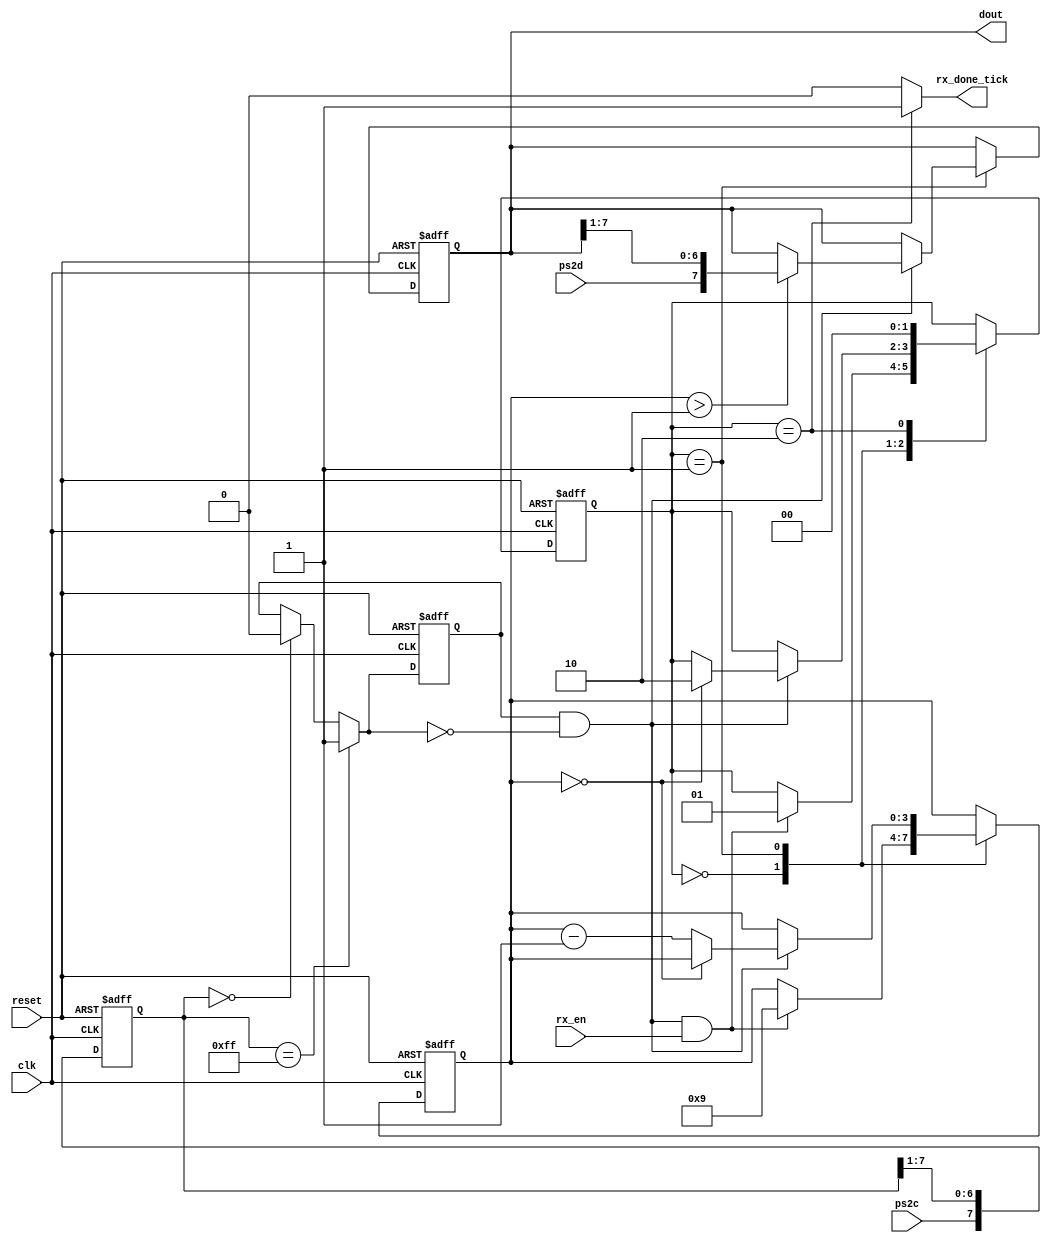
`timescale 1ns / 1ps
//////////////////////////////////////////////////////////////////////////////////
// Company: Tacnolgico de Costa Rica
//
// Design Name:
// Module Name: recieve_data
// Project Name:
// Target Devices:
// Tool versions:
// Description:
//
// Dependencies:
//
// Revision:
// Revision 0.01 - File Created
// Additional Comments:
//
//////////////////////////////////////////////////////////////////////////////////
module receive_data(
	input wire clk, reset,
	input wire ps2d, ps2c, rx_en,
	output reg rx_done_tick,
	output wire [7:0] dout
);
localparam [1:0]
	idle = 2'b00,
	dps = 2'b01,
	load = 2'b10;

reg [1:0] state_reg, state_next;
reg [7:0] filter_reg;
wire [7:0] filter_next;
reg f_ps2c_reg;
wire f_ps2c_next;
reg [3:0] n_reg, n_next;
reg [7:0] b_reg,b_next;
wire fall_edge;
always @(posedge clk, posedge reset)
	if (reset)
	begin
		filter_reg <= 0;
		f_ps2c_reg <= 0;
	end
	else
	begin
		filter_reg <= filter_next;
		f_ps2c_reg <= f_ps2c_next;
	end

assign filter_next = {ps2c, filter_reg[7:1]};
assign f_ps2c_next = 	(filter_reg == 8'hff) ? 1'b1 :
			(filter_reg == 8'h00) ? 1'b0 :
			f_ps2c_reg;
assign fall_edge = f_ps2c_reg & ~f_ps2c_next;
always @(posedge clk, posedge reset)
begin
	if (reset)
	begin
		state_reg <= idle;
		n_reg <= 0;
		b_reg <= 0;
	end
	else
	begin
		state_reg <= state_next;
		n_reg <= n_next;
		b_reg <= b_next;
	end
end

always @*
begin
	state_next = state_reg;
	rx_done_tick = 1'b0;
	n_next = n_reg;
	b_next = b_reg;
	case (state_reg)
	idle:
		if(fall_edge & rx_en)
		begin
//b_next ={ps2d, b_reg[10:1]};
			n_next = 4'b1001;
			state_next = dps;
		end
	dps:
		if(fall_edge)
		begin
		if(n_reg>1)
			b_next = {ps2d, b_reg[7:1]};
		if (n_reg==0)
			state_next = load;
		else
			n_next = n_reg-1'b1;
		end
	load:
		begin
		state_next = idle;
		rx_done_tick = 1'b1;
		end
	endcase
end

assign dout = b_reg;
endmodule